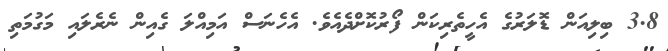
3.8 ބިލިއަން ޑޮލަރުގެ އެހީތެރިކަން ފޯރުކޮށްދެއެވެ. އެހެނަސް އަމިއްލަ ގެއިން ނެރެލައި މަގުމަތި